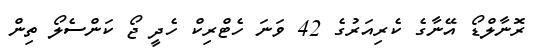
ރޮނާލްޑޯ އޭނާގެ ކެރިއަރުގެ 42 ވަނަ ހެޓްރިކް ހެދީ ޖޯ ކަންސެލޯ ތިން